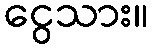
ငွေသား။